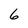
Character: 6